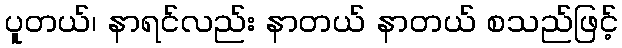
ပူတယ်၊ နာရင်လည်း နာတယ် နာတယ် စသည်ဖြင့်